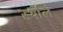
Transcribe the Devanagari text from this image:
स्थलिं